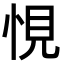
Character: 悓